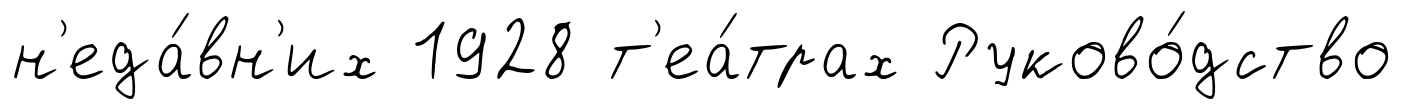
н'еда́вн'их 1928 т'еа́трах Руково́дство